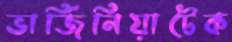
ভার্জিনিয়াটেক